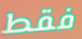
فقط